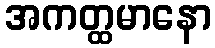
အကတ္ထမာနော